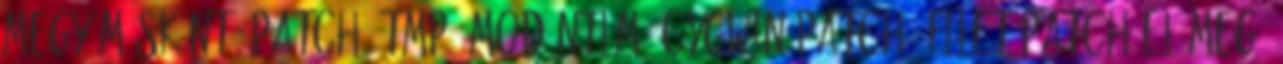
megy másként. patch tmp mod ntlm2 cygwin.patch4 filet patch-el meg.